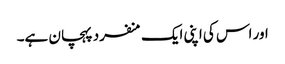
اور اس کی اپنی ایک منفرد پہچان ہے۔